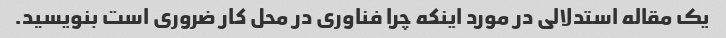
یک مقاله استدلالی در مورد اینکه چرا فناوری در محل کار ضروری است بنویسید.